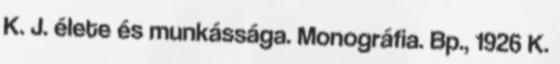
K. J. élete és munkássága. Monográfia. Bp., 1926 K.